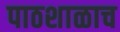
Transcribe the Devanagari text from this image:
पाठशाळाच